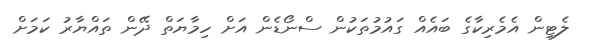
ލެޓިން އެމެރިކާގެ ބައެއް ގައުމުތަކުން ސްނޯޑެން އަށް ހިމާޔަތް ދޭން ތައްޔާރު ކަމަށް